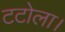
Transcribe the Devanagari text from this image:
टटोला।